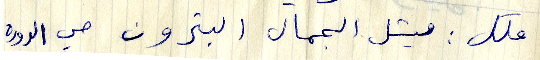
ملك: ميشل الجمال البترون حي الدوره